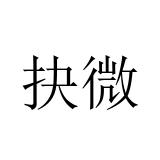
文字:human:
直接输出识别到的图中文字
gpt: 抉微